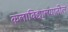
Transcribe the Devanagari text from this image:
कलाविद्यालयातील